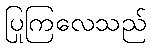
ပြုကြလေသည်